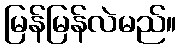
မြန်မြန်လဲမည်။